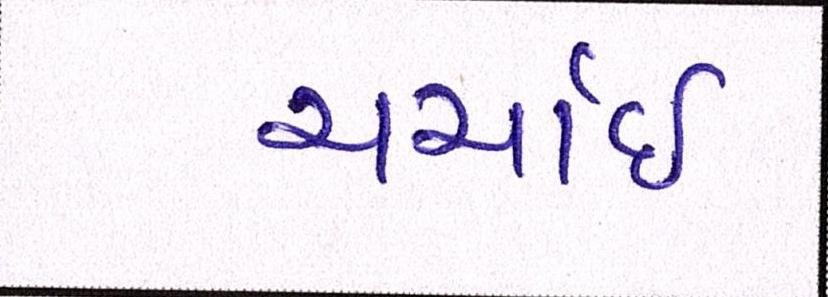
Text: ચર્ચાઈ